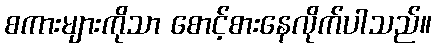
စကားများကိုသာ စောင့်စားနေလိုက်ပါသည်။